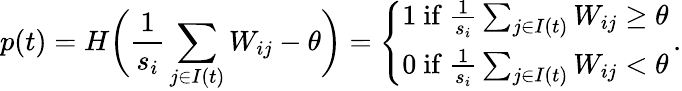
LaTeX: p(t)=H\biggl(\frac{1}{s_{i}}\sum_{j\in I(t)}W_{ij}-\theta\biggr)=\left\{ \begin{array}{ll}{1\mathrm{~if~}\frac{1}{s_{i}}\sum_{j\in I(t)}W_{ij}\geq\theta}\\ {0\mathrm{~if~}\frac{1}{s_{i}}\sum_{j\in I(t)}W_{ij}<\theta}\end{array}\right.\, .